Vaccination in the Punjab 1867-1880 - 1867-1880
Year: 1867
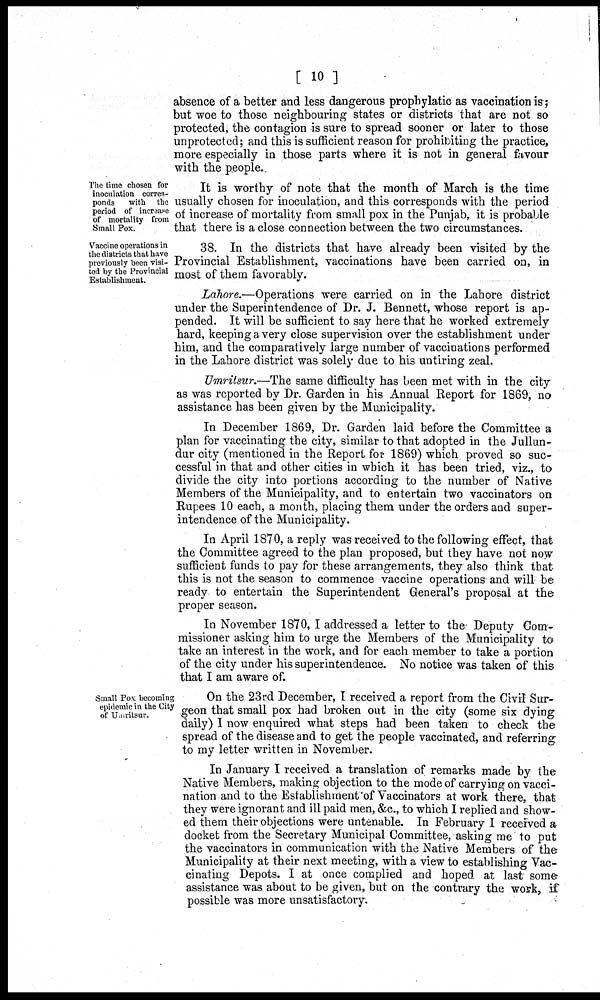
[ 10 ]
absence of a better and less dangerous prophylatic as vaccination is;
but woe to those neighbouring states or districts that are not so
protected, the contagion is sure to spread sooner or later to those
unprotected; and this is sufficient reason for prohibiting the practice,
more especially in those parts where it is not in general favour
with the people.
The time chosen for
inoculation corres-
ponds
with the
period of increase
of mortality from
Small Pox.
It is worthy of note that the month of March is the time
usually chosen for inoculation, and this corresponds with the period
of increase of mortality from small pox in the Punjab, it is probable
that there is a close connection between the two circumstances.
Vaccine operations in
the districts that have
previously been visi-
ted by the Provincial
Establishment.
38. In the districts that have already been visited by the
Provincial Establishment, vaccinations have been carried on, in
most of them favorably.
Lahore.—Operations were carried on in the Lahore district
under the Superintendence of Dr. J. Bennett, whose report is ap-
pended. It will be sufficient to say here that he worked extremely
hard, keeping a very close supervision over the establishment under
him, and the comparatively large number of vaccinations performed
in the Lahore district was solely due to his untiring zeal.
Umritsur.—The same difficulty has been met with in the city
as was reported by Dr. Garden in his Annual Report for 1869, no
assistance has been given by the Municipality.
In December 1869, Dr. Garden laid before the Committee a
plan for vaccinating the city, similar to that adopted in the Jullun-
dur city (mentioned in the Report for 1869) which proved so suc-
cessful in that and other cities in which it has been tried, viz., to
divide the city into portions according to the number of Native
Members of the Municipality, and to entertain two vaccinators on
Rupees 10 each, a month, placing them under the orders and super-
intendence of the Municipality.
In April 1870, a reply was received to the following effect, that
the Committee agreed to the plan proposed, but they have not now
sufficient funds to pay for these arrangements, they also think that
this is not the season to commence vaccine operations and will be
ready to entertain the Superintendent General's proposal at the
proper season.
In November 1870, I addressed a letter to the Deputy Com-
missioner asking him to urge the Members of the Municipality to
take an interest in the work, and for each member to take a portion
of the city under his superintendence. No notice was taken of this
that I am aware of.
Small Pox becoming
epidemic in the City
of Umritsur.
On the 23rd December, I received a report from the Civil Sur-
geon that small pox had broken out in the city (some six dying
daily) I now enquired what steps had been taken to check the
spread of the disease and to get the people vaccinated, and referring
to my letter written in November.
In January I received a translation of remarks made by the
Native Members, making objection to the mode of carrying on vacci-
nation and to the Establishment of Vaccinators at work there, that
they were ignorant and ill paid men, &c, to which I replied and show-
ed them their objections were untenable. In February I received a
docket from the Secretary Municipal Committee, asking me to put
the vaccinators in communication with the Native Members of the
Municipality at their next meeting, with a view to establishing Vac-
cinating Depots. I at once complied and hoped at last some
assistance was about to be given, but on the contrary the work, if
possible was more unsatisfactory.